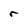
Character: r